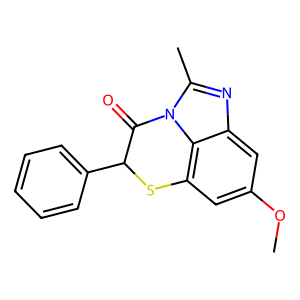
SMILES: COc1cc2c3c(c1)nc(C)n3C(=O)C(c1ccccc1)S2
Inhibits HIV replication: No